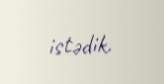
istədik.